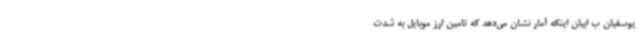
یوسفیان ب ابیان اینکه آمار نشان می‌دهد که تامین ارز موبایل به شدت